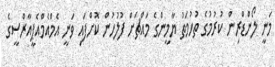
މަނީ ލޯންޑްރިން ކުރުމުގެ ތުހުމަތު ޔާމީންގެ މައްޗަށް ފުލުހުން ކޮށްފައި ވަނީ އެމްއެމްއެޕީއާރްސީގެ